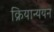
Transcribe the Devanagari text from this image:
क्रियान्ययन